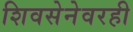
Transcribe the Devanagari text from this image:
शिवसेनेवरही